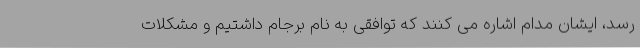
رسد، ایشان مدام اشاره می کنند که توافقی به نام برجام داشتیم و مشکلات